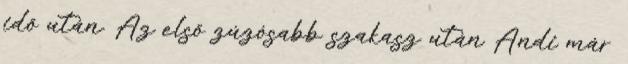
idő után. Az első zúzósabb szakasz után Andi már